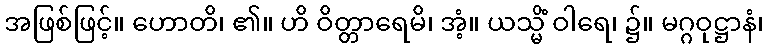
အဖြစ်ဖြင့်။ ဟောတိ၊ ၏။ ဟိ ဝိတ္တာရေမိ၊ အံ့။ ယသ္မိံ ဝါရေ၊ ၌။ မဂ္ဂဝုဋ္ဌာနံ၊